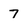
Character: 7